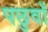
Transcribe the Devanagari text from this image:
पछुवाँ